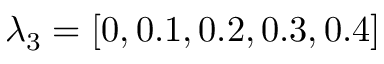
\lambda _ { 3 } = [ 0 , 0 . 1 , 0 . 2 , 0 . 3 , 0 . 4 ]